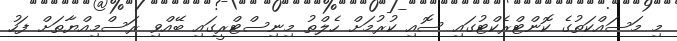
މި މަސައްކަތުގެ ކޮންޓްރެކްޓުގައި ސޮއި ކުރުމަށް ހެލްތު މިނިސްޓްރީގައި ބޭއްވި ރަސްމިއްޔާތަށް ފަހު